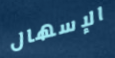
الإسهال